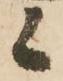
候